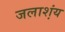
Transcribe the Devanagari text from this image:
जलाश्‍ाय